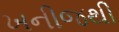
ખનીજથી